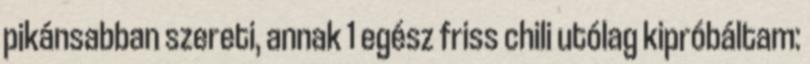
pikánsabban szereti, annak 1 egész friss chili utólag kipróbáltam: